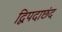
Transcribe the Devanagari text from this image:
द्विपदाछंद